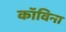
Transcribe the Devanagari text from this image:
कॉविना